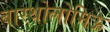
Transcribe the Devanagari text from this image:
बारथोलोमिऊ